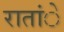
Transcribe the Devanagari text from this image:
रातांे